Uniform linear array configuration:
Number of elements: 24
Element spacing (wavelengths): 0.5
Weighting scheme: hann
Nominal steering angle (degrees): -15
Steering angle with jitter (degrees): -14.623
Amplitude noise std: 0.05
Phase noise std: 0.05

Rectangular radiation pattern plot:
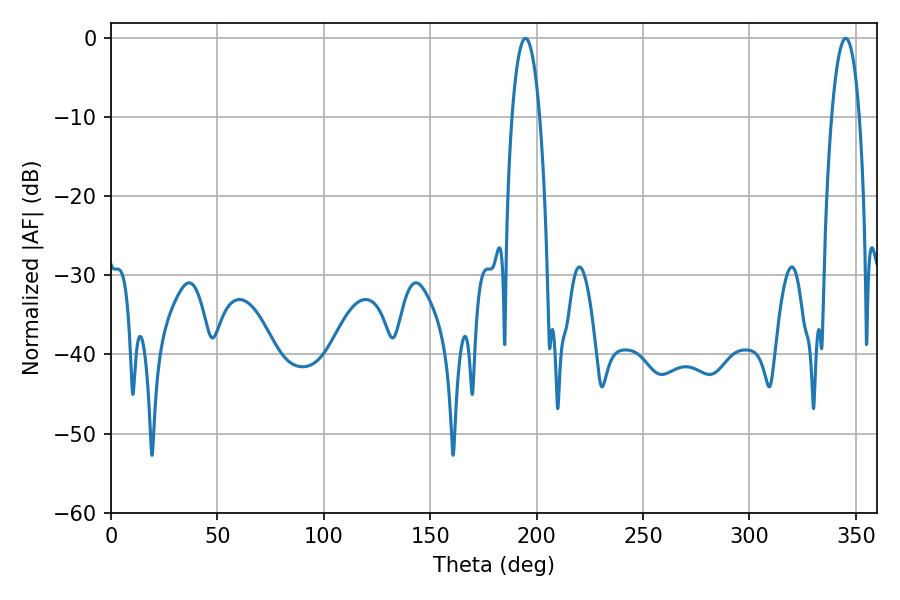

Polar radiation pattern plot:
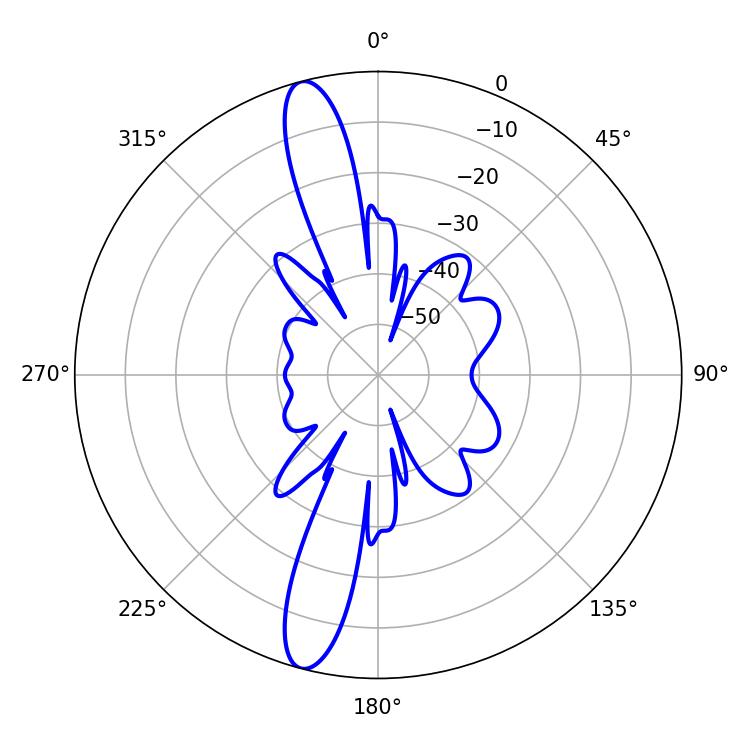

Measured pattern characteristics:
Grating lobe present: FALSE
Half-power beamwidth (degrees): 7.2
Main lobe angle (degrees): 194.76